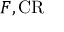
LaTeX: F , { \mathrm { C R } }